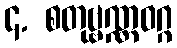
၄. စတုဗ္ဗဏ္ဏဝဂ္ဂ